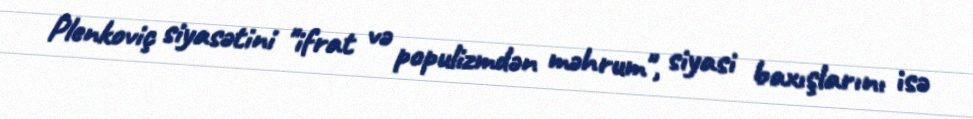
Plenkoviç siyasətini "ifrat və populizmdən məhrum", siyasi baxışlarını isə